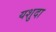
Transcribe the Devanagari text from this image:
यशुदा